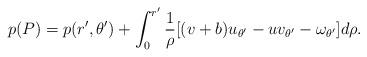
LaTeX: \begin{align*}p(P)=p(r',\theta')+\int_{0}^{r'}\frac{1}{\rho}[(v+b)u_{\theta'}-uv_{\theta'}-\omega_{\theta'}]d\rho.\end{align*}